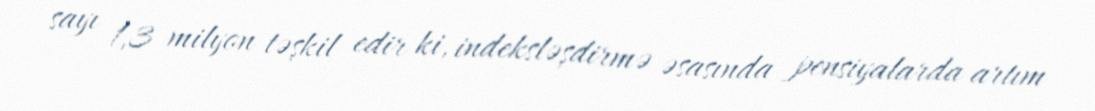
sayı 1,3 milyon təşkil edir ki, indeksləşdirmə əsasında pensiyalarda artım